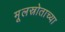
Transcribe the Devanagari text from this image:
मूलस्रोताच्या